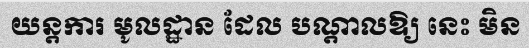
យន្តការ មូលដ្ឋាន ដែល បណ្តាលឱ្យ នេះ មិន